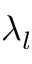
\lambda _ { l }